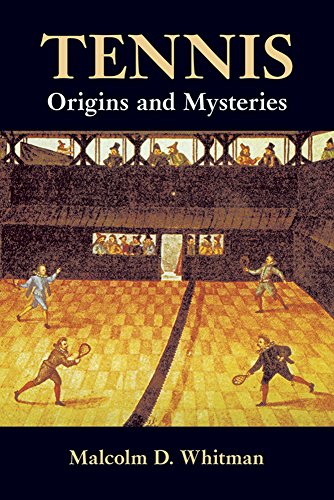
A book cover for Tennis: Origins and Mysteries; Malcolm D. Whitman; Sports & Outdoors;